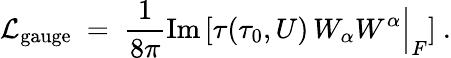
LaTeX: {\cal L}_{\mathrm{gauge}}\ =\ {\frac{1}{8\pi}}\mathrm{Im}\left[\tau(\tau_{0},U)\, W_{\alpha}W^{\alpha}\Big|_{F}\right]\ .